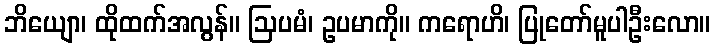
ဘိယျော၊ ထိုထက်အလွန်။ ဩပမံ၊ ဥပမာကို။ ကရောဟိ၊ ပြုတော်မူပါဦးလော။